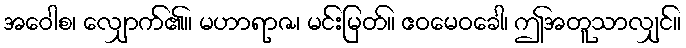
အဝေါစ၊ လျှောက်၏။ မဟာရာဇ၊ မင်းမြတ်။ ဧဝမေဝခေါ၊ ဤအတူသာလျှင်။